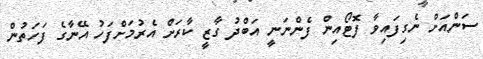
ސަންއަށް ނެގިފައިވާ ފޮޓޯއިން ފެންނަނީ އަބްދު ގާޒީ ކާރަށް އެރުމަށްފަހު އޭނާގެ ފަހަތުން